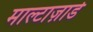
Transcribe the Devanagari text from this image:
माल्टाज़ार्ड